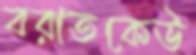
বরাতকেউ